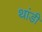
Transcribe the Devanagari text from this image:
थांडी